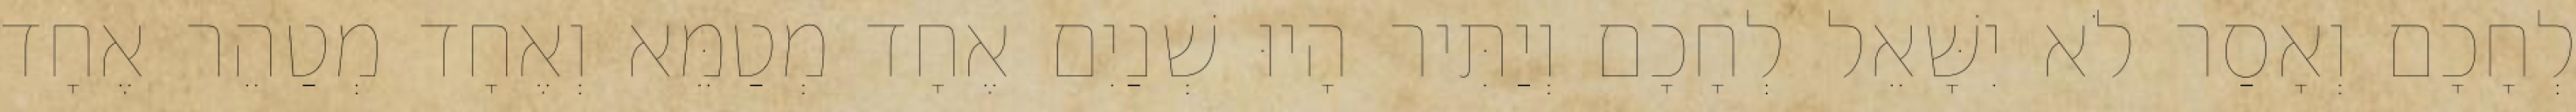
לְחָכָם וְאָסַר לֹא יִשָּׁאֵל לְחָכָם וְיַתִּיר הָיוּ שְׁנַיִם אֶחָד מְטַמֵּא וְאֶחָד מְטַהֵר אֶחָד